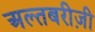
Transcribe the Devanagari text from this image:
अल्तबरीज़ी